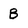
Character: B